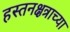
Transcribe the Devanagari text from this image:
हस्तनक्षत्राच्या